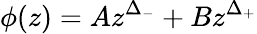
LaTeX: \phi(z)=Az^{\Delta_{-}}+Bz^{\Delta_{+}}